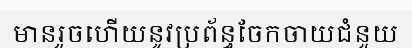
មានរួចហើយនូវប្រព័ន្ធចែកចាយជំនួយ